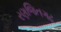
રણજિતગઢ